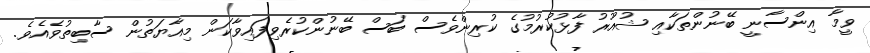
ވީމާ އިންސާނީ ބޭނުންތަކާއި ޝުއޫރު ފާޅުކުރުމުގެ ކުރިންވެސް ބަސް ބޭނުންކުރެވިފައިވާކަން މިއާޔަތުން ސާބިތުވެއެވެ.